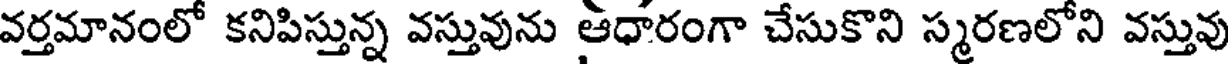
వర్తమానంలో కనిపిస్తున్న వస్తువును ఆధారంగా చేసుకొని స్మరణలోని వస్తువు